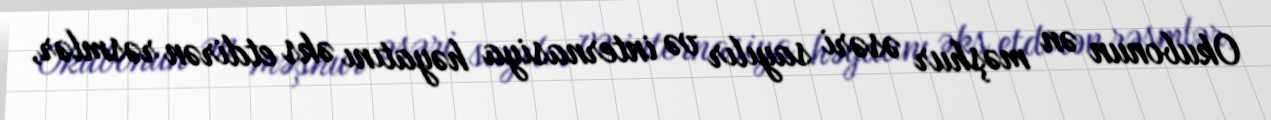
Okubonun ən məşhur əsəri sayılır və internasiya həyatını əks etdirən rəsmlər,